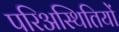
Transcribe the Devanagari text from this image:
परिअस्थितियों